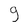
Character: 9